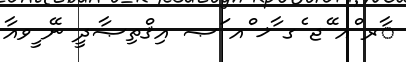
ާރ ްއ ޭޖ ެގ ާޚ ްއ ަޞ އިޤްތިޞާދީ ނޭ ީވއާ